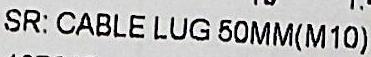
SR: CABLE LUG 50MM(M10)